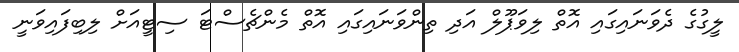
ލީގުގެ ދެވަނައިގައި އޮތް ލިވަޕޫލް އަދި ތިންވަނައިގައި އޮތް މެންޗެސްޓަ ސިޓީއަށް ލިބިފައިވަނީ